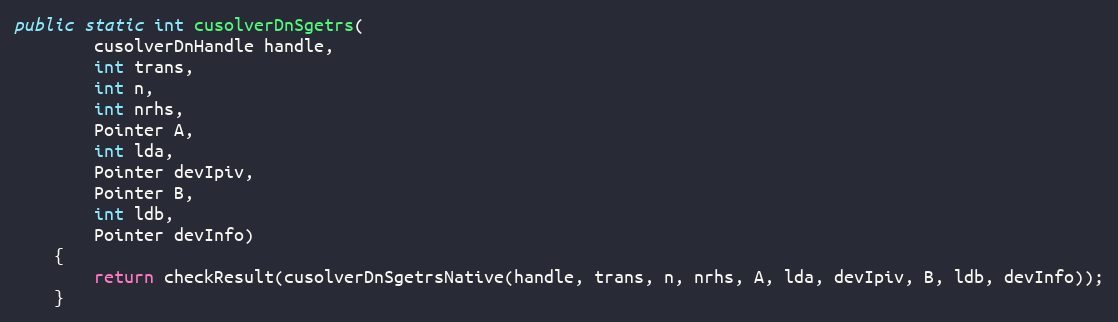
Language: Java
public static int cusolverDnSgetrs(
        cusolverDnHandle handle,
        int trans,
        int n,
        int nrhs,
        Pointer A,
        int lda,
        Pointer devIpiv,
        Pointer B,
        int ldb,
        Pointer devInfo)
    {
        return checkResult(cusolverDnSgetrsNative(handle, trans, n, nrhs, A, lda, devIpiv, B, ldb, devInfo));
    }